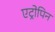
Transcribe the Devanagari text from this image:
एट्रोपिन